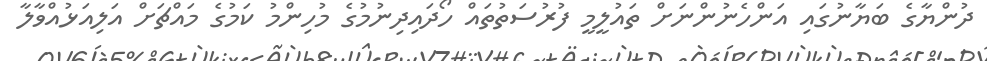
ދުންޔާގެ ބަޔާނުގައި އަންހެނުންނަށް ތައުލީމީ ފުރުސަތުތައް ހޯދައިދިނުމުގެ މުހިންމު ކަމުގެ މައްޗަށް އަލިއަޅުއްވާލާ